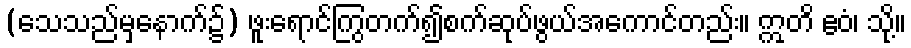
(သေသည်မှနောက်၌) ဖူးရောင်ကြွတက်၍စက်ဆုပ်ဖွယ်အကောင်တည်း။ ဣတိ ဧဝံ၊ သို့။